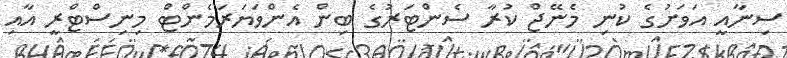
ސިނާއީ އަވަށުގެ ކުނި މެނޭޖް ކުރާ ސެންޓަރުގެ ބިން އެންވަޔަރަމެންޓް މިނިސްޓްރީ އާއި